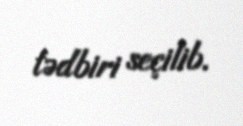
tədbiri seçilib.